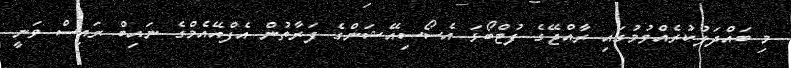
މި ބައްދަލުކުރެއްވުމުގައި ރާއްޖޭގެ ފުޓްބޯޅަ އެސޯސިއޭޝަންގެ ފަރާތުން އެފްއޭއެމްގެ ނައިބް ރައިސް ވަނީ